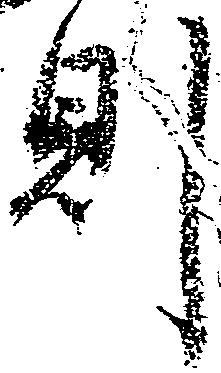
則